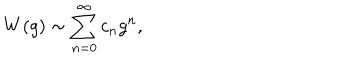
W ( g ) \sim \sum _ { n = 0 } ^ { \infty } c _ { n } g ^ { n } ,